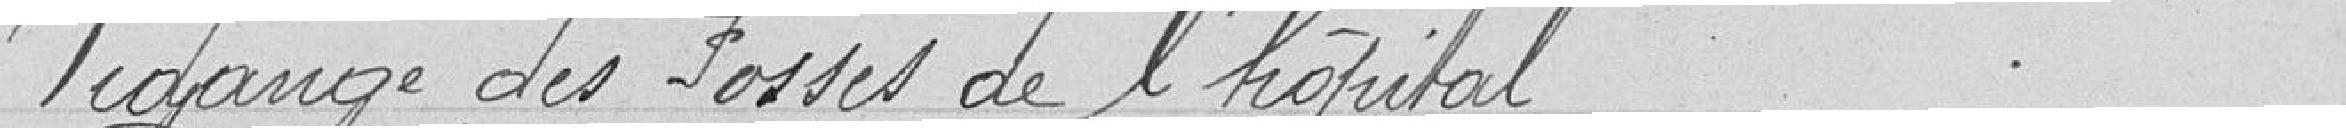
Vidange des fosses de l'hôpital